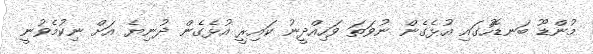
މުންޑޫ ބަނޑޮހުގައި އުޅެގެން ނުވަތަ ވަހިއްދީނު ކައިރީ އުޅެގެން ދުނިޔެ އަށް ނިކުމެވުނީ